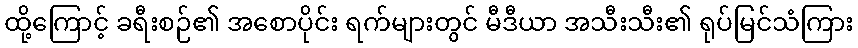
ထို့ကြောင့် ခရီးစဉ်၏ အစောပိုင်း ရက်များတွင် မီဒီယာ အသီးသီး၏ ရုပ်မြင်သံကြား